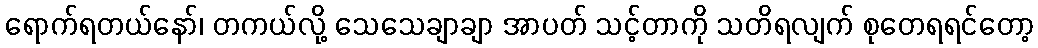
ရောက်ရတယ်နော်၊ တကယ်လို့ သေသေချာချာ အာပတ် သင့်တာကို သတိရလျက် စုတေရရင်တော့